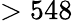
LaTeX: >548